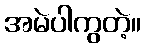
အမဲပါကွတဲ့။